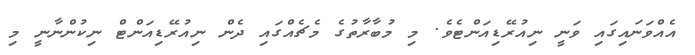
އެއްވަނައިގައި ވަނީ ނިއުރޭޑިއަންޓެވެ. މި މުބާރާތުގެ މެޗެއްގައި ދެން ނިއުރޭޑިއަންޓް ނިކުންނާނީ މި